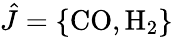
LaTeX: \hat{J}=\{ \mathrm{CO,H_{2}}\}